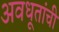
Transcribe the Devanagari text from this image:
अवधूतांची